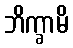
ဘိက္ခာမိ